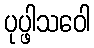
ပုပ္ဖါသဝေါ